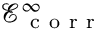
{ \mathcal { E } _ { \mathrm { ~ c ~ o ~ r ~ r ~ } } ^ { \infty } }